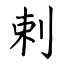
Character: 剌